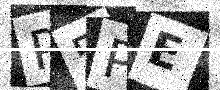
Text: P5PE